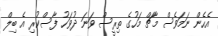
އެހެން ނަމަވެސް މާޗް މަހުގެ ތިރީސް ވަނަ ދުވަހު ފާސްކުރި އެ ބިލް